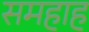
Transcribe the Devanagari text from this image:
समहाह